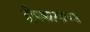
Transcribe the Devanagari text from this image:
द्वीपकल्पांच्या